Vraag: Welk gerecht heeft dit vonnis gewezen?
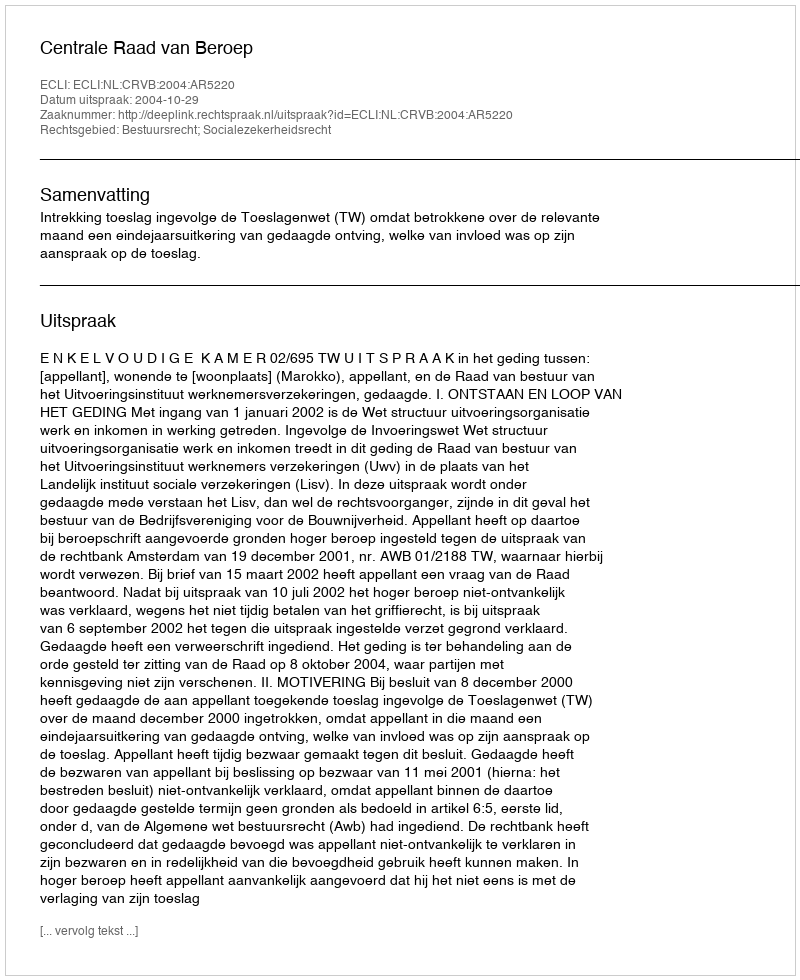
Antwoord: Centrale Raad van Beroep